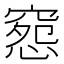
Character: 𥧉